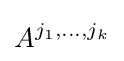
A^{j_{1},\dots ,j_{k}}